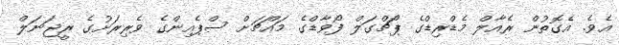
އެވެ. އެގޮތުން ރެއާލް މެޑްރިޑްގެ ޕޯޗްގަލް ފޯވާޑްގެ މައްޗަށް ސްޕެއިންގެ ވެރިރަށުގެ ރީޖަނަލް